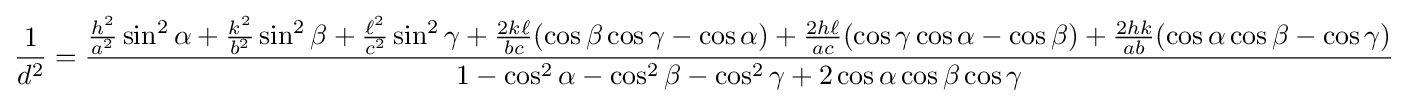
{\frac {1}{d^{2}}}={\frac {{\frac {h^{2}}{a^{2}}}\sin ^{2}\alpha +{\frac {k^{2}}{b^{2}}}\sin ^{2}\beta +{\frac {\ell ^{2}}{c^{2}}}\sin ^{2}\gamma +{\frac {2k\ell }{bc}}(\cos \beta \cos \gamma -\cos \alpha )+{\frac {2h\ell }{ac}}(\cos \gamma \cos \alpha -\cos \beta )+{\frac {2hk}{ab}}(\cos \alpha \cos \beta -\cos \gamma )}{1-\cos ^{2}\alpha -\cos ^{2}\beta -\cos ^{2}\gamma +2\cos \alpha \cos \beta \cos \gamma }}